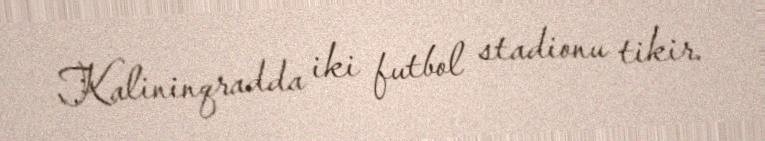
Kalininqradda iki futbol stadionu tikir.